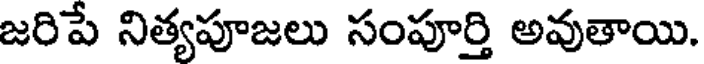
జరిపే నిత్యపూజలు సంపూర్తి అవుతాయి.